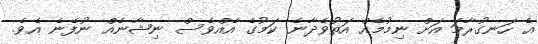
އެ ހަނގުރާމަ އަށް ނިމުމެއް އަތުވެދާނެ ކަމުގެ އެއްވެސް ނިޝާނެއް ނުފެނެ އެވެ.